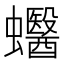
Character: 𧕪